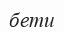
бети